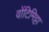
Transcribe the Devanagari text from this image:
वोंटिमिट्टा